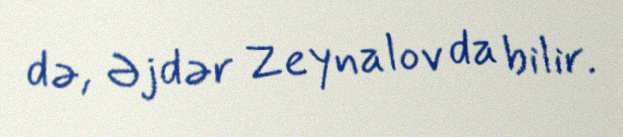
də, Əjdər Zeynalov da bilir.